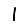
Digit: 1